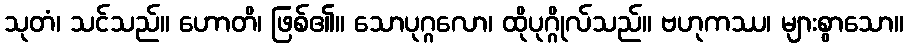
သုတံ၊ သင်သည်။ ဟောတိ၊ ဖြစ်၏။ သောပုဂ္ဂလော၊ ထိုပုဂ္ဂိုလ်သည်။ ဗဟုကဿ၊ များစွာသော။